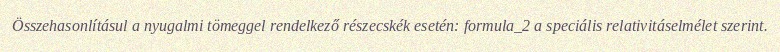
Összehasonlításul a nyugalmi tömeggel rendelkező részecskék esetén: formula_2 a speciális relativitáselmélet szerint.